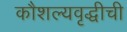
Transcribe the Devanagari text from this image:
कौशल्यवृद्धीची